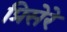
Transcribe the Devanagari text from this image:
प्रिसेरे